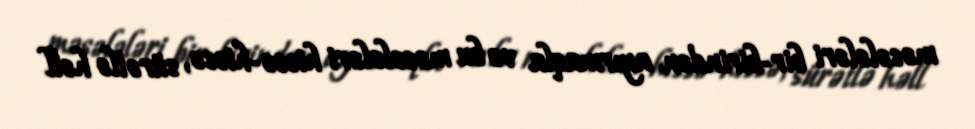
məsələləri bir-birindən ayırmaqla və bu məsələləri hissə-hissə, sürətlə həll